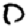
Digit: 0